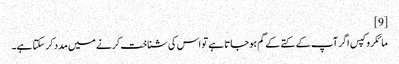
[9]
مائکروکپس اگر آپ کے کتے کے گم ہوجاتا ہے تو اس کی شناخت کرنے میں مدد کرسکتا ہے۔